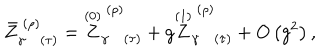
\bar { Z } _ { \gamma ( \tau ) } ^ { \; ( \rho ) } = \stackrel { ( 0 ) } { Z } _ { \gamma ( \tau ) } ^ { \; ( \rho ) } + g \stackrel { ( 1 ) } { Z } _ { \gamma ( \tau ) } ^ { \; ( \rho ) } + O \left( g ^ { 2 } \right) ,